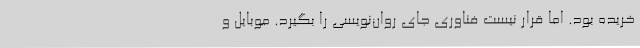
خریده بود. اما قرار نیست فناوری جای روان‌نویسی را بگیرد. موبایل و